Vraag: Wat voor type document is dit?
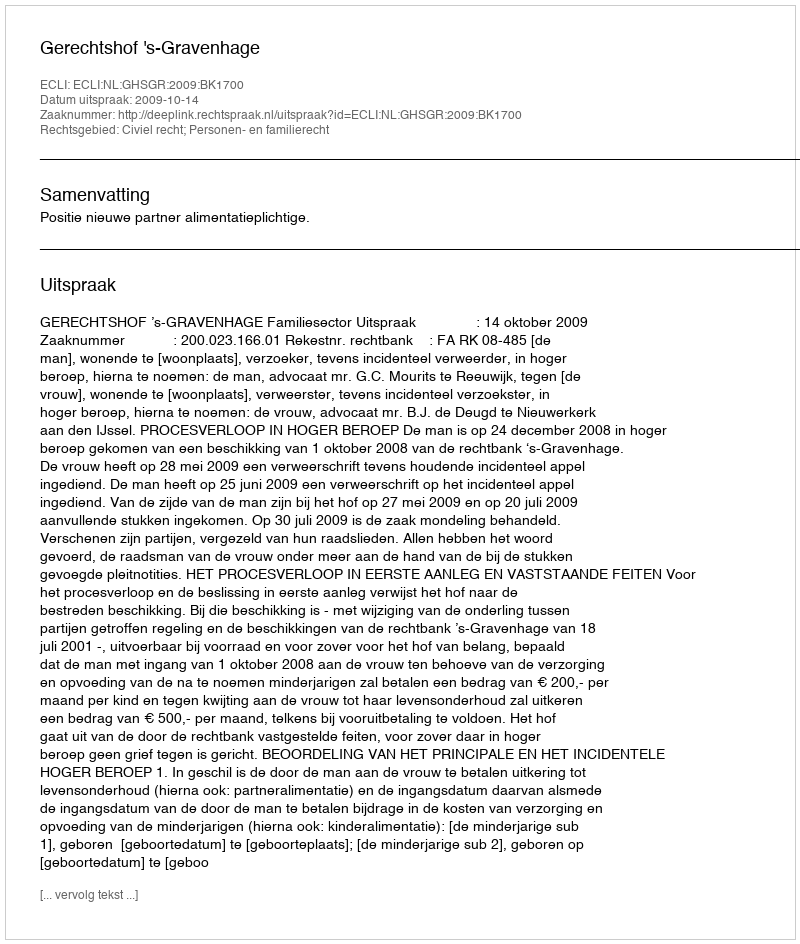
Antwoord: Uitspraak